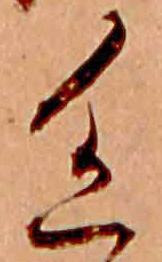
色